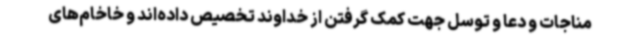
مناجات و دعا و توسل جهت کمک گرفتن از خداوند تخصیص داده‌اند و خاخام‌های